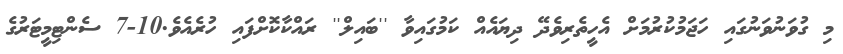
މި ގުވަނުވަނުގައި ހަޖަމުކުރުމަށް އެހީތެރިވެދޭ ދިޔައެއް ކަމުގައިވާ ''ބައިލް'' ރައްކާކޮށްފައި ހުރެއެވެެ.10-7 ސެންޓިމީޓަރުގެ